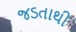
જડતાથી